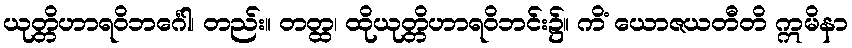
ယုတ္တိဟာရဝိဘင်္ဂေါ၊ တည်း။ တတ္ထ၊ ထိုယုတ္တိဟာရဝိဘင်း၌။ ကိံ ယောဇယတီတိ ဣမိနာ